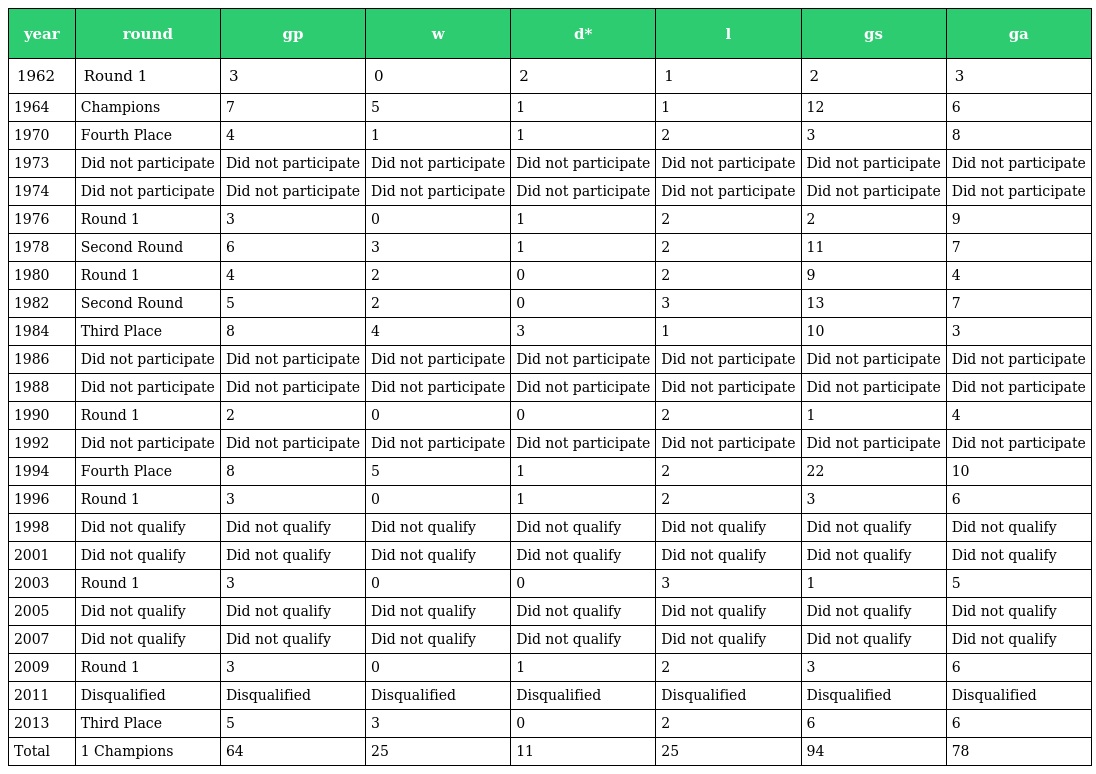
| year | round | gp | w | d* | l | gs | ga |
 | --- | --- | --- | --- | --- | --- | --- | --- |
 | 1962 | Round 1 | 3 | 0 | 2 | 1 | 2 | 3 |
 | 1964 | Champions | 7 | 5 | 1 | 1 | 12 | 6 |
 | 1970 | Fourth Place | 4 | 1 | 1 | 2 | 3 | 8 |
 | 1973 | Did not participate | Did not participate | Did not participate | Did not participate | Did not participate | Did not participate | Did not participate |
 | 1974 | Did not participate | Did not participate | Did not participate | Did not participate | Did not participate | Did not participate | Did not participate |
 | 1976 | Round 1 | 3 | 0 | 1 | 2 | 2 | 9 |
 | 1978 | Second Round | 6 | 3 | 1 | 2 | 11 | 7 |
 | 1980 | Round 1 | 4 | 2 | 0 | 2 | 9 | 4 |
 | 1982 | Second Round | 5 | 2 | 0 | 3 | 13 | 7 |
 | 1984 | Third Place | 8 | 4 | 3 | 1 | 10 | 3 |
 | 1986 | Did not participate | Did not participate | Did not participate | Did not participate | Did not participate | Did not participate | Did not participate |
 | 1988 | Did not participate | Did not participate | Did not participate | Did not participate | Did not participate | Did not participate | Did not participate |
 | 1990 | Round 1 | 2 | 0 | 0 | 2 | 1 | 4 |
 | 1992 | Did not participate | Did not participate | Did not participate | Did not participate | Did not participate | Did not participate | Did not participate |
 | 1994 | Fourth Place | 8 | 5 | 1 | 2 | 22 | 10 |
 | 1996 | Round 1 | 3 | 0 | 1 | 2 | 3 | 6 |
 | 1998 | Did not qualify | Did not qualify | Did not qualify | Did not qualify | Did not qualify | Did not qualify | Did not qualify |
 | 2001 | Did not qualify | Did not qualify | Did not qualify | Did not qualify | Did not qualify | Did not qualify | Did not qualify |
 | 2003 | Round 1 | 3 | 0 | 0 | 3 | 1 | 5 |
 | 2005 | Did not qualify | Did not qualify | Did not qualify | Did not qualify | Did not qualify | Did not qualify | Did not qualify |
 | 2007 | Did not qualify | Did not qualify | Did not qualify | Did not qualify | Did not qualify | Did not qualify | Did not qualify |
 | 2009 | Round 1 | 3 | 0 | 1 | 2 | 3 | 6 |
 | 2011 | Disqualified | Disqualified | Disqualified | Disqualified | Disqualified | Disqualified | Disqualified |
 | 2013 | Third Place | 5 | 3 | 0 | 2 | 6 | 6 |
 | Total | 1 Champions | 64 | 25 | 11 | 25 | 94 | 78 |